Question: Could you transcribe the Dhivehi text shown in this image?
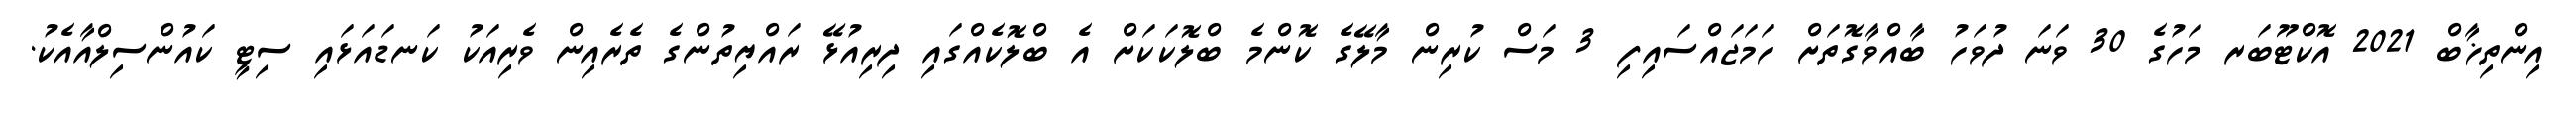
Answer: އިންތިޚާބް 2021 އޮކްޓޫބަރ މަހުގެ 30 ވަނަ ދުވަހު ބާއްވާގޮތަށް ހަމަޖައްސައިފި 3 މަސް ކުރިން މާލޭގެ ކޮންމެ ބްލޮކަކަށް އެ ބްލޮކެއްގައި ދިރިއުޅޭ ރައްޔިތުންގެ ތެރެއިން ވެރިއަކު ކަނޑައަޅައި ސިޓީ ކައުންސިލްއާއެކު.